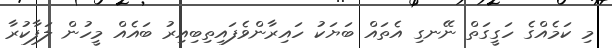
މި ކަމެއްގެ ހަގީގަތް ނޭނގި އެތައް ބަޔަކު ހައިރާންވެފައިތިބިއިރު ބައެއް މީހުން ލަފާކުރާ